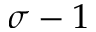
\sigma - 1